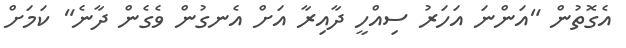
އެގޮތުން "އަންނަ އަހަރު ސިއްހީ ދާއިރާ އަށް އެނގުން ވެގެން ދާނެ" ކަމަށް